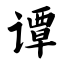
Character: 谭